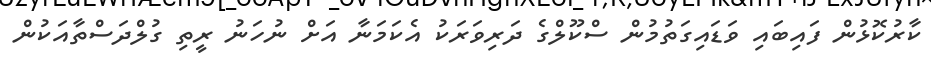
ކާރުކޮޅުން ފައިބައި ވަޑައިގަތުމުން ސްކޫލްގެ ދަރިވަރަކު އެކަމަނާ އަށް ނުހަނު ރީތި ގުލްދަސްތާއަކުން